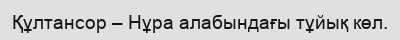
Құлтансор – Нұра алабындағы тұйық көл.